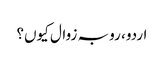
اردو، رو بہ زوال کیوں؟